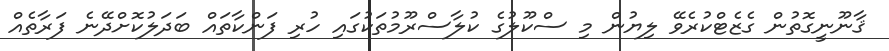
ޤާނޫނީގޮތުން ގެޒެޓްކުރެވޭ ލިޔުން މި ސްކޫލުގެ ކުލާސްރޫމުތަކުގައި ހުރި ފަންކާތައް ބަދަލުކޮށްދޭނެ ފަރާތެއް